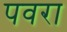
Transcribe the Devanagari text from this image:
पवरा